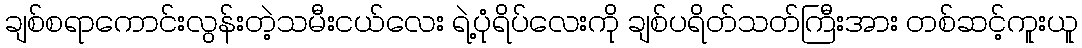
ချစ်စရာကောင်းလွန်းတဲ့သမီးငယ်လေး ရဲ့ပုံရိပ်လေးကို ချစ်ပရိတ်သတ်ကြီးအား တစ်ဆင့်ကူးယူ